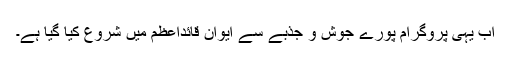
اب یہی پروگرام پورے جوش و جذبے سے ایوانِ قائداعظمؒ میں شروع کیا گیا ہے۔